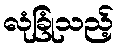
လုံခြုံသည့်